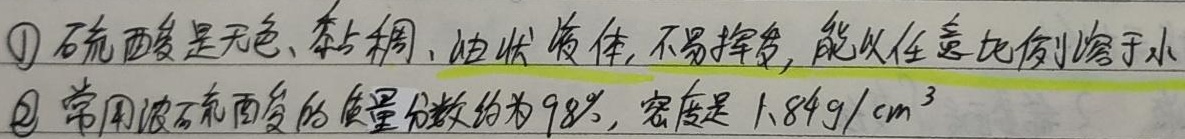
\textcircled{1} 硫酸是无色、黏稠、油状液体，不易挥发，能以任意比例溶于水。\textcircled{2} 常用浓硫酸的质量分数约为98%，密度是\(1.84g/cm^{3}\)